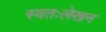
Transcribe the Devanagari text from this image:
स्वतःलेखन